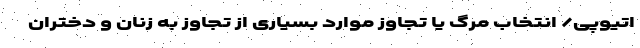
اتیوپی/ انتخاب مرگ یا تجاوز موارد بسیاری از تجاوز به زنان و دختران